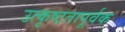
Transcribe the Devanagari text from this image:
उत्कृष्टतापूर्वक